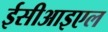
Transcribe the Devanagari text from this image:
ईसीआइएल